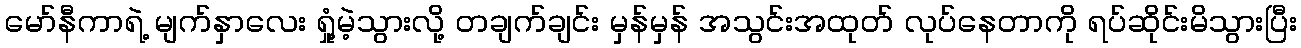
မော်နီကာရဲ့ မျက်နှာလေး ရှုံ့မဲ့သွားလို့ တချက်ချင်း မှန်မှန် အသွင်းအထုတ် လုပ်နေတာကို ရပ်ဆိုင်းမိသွားပြီး